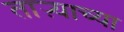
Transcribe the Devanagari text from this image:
ताऱ्‍याच्या